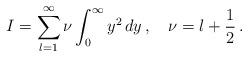
LaTeX: \begin{align*} I=\sum_{l=1}^{\infty}\nu\int_0^{\infty}y^2\,dy\,,\quad \nu=l+\frac{1}{2}\,{.}\end{align*}